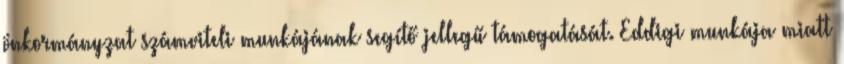
önkormányzat számviteli munkájának segítő jellegű támogatását. Eddigi munkája miatt